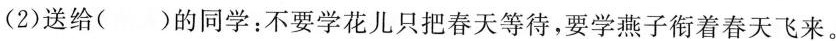
(2)送给( )的同学；不要学花儿只把春天等待，要学燕子衔着春天飞来。